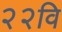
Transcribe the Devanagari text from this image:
२२वि